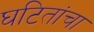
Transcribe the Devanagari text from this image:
घटितांचा